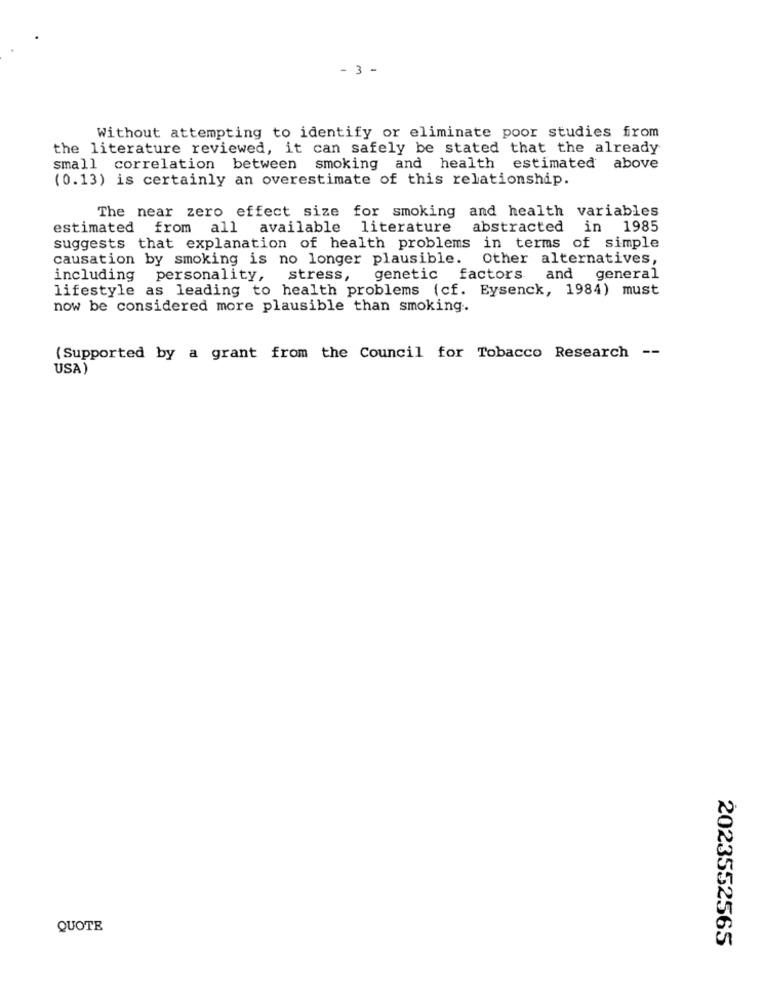
- 3 -
Without attempting to identify or eliminate poor studies from
the literature reviewed, it can safely be stated that the already
small correlation between smoking and health estimated above
(0.13) is certainly an overestimate of this relationship.
The near zero effect size for smoking and health variables
estimated from all available literature
abstracted
in
1985
suggests that explanation of health problems in terms of simple
causation by smoking is no longer plausible.
Other alternatives,
including personality, stress,
genetic factors and
general
lifestyle as leading to health problems (cf. Eysenck, 1984) must
now be considered more plausible than smoking ..
(Supported by a grant from the Council for Tobacco Research --
USA)
QUOTE
2023552565